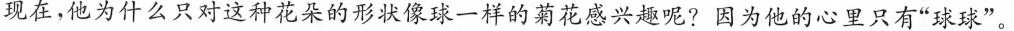
现在，他为什么只对这种花朵的形状像球一样的菊花感兴趣呢?因为他的心里只有”球球”。